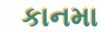
કાનમા